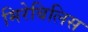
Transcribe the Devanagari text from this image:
मिरेबिलिस